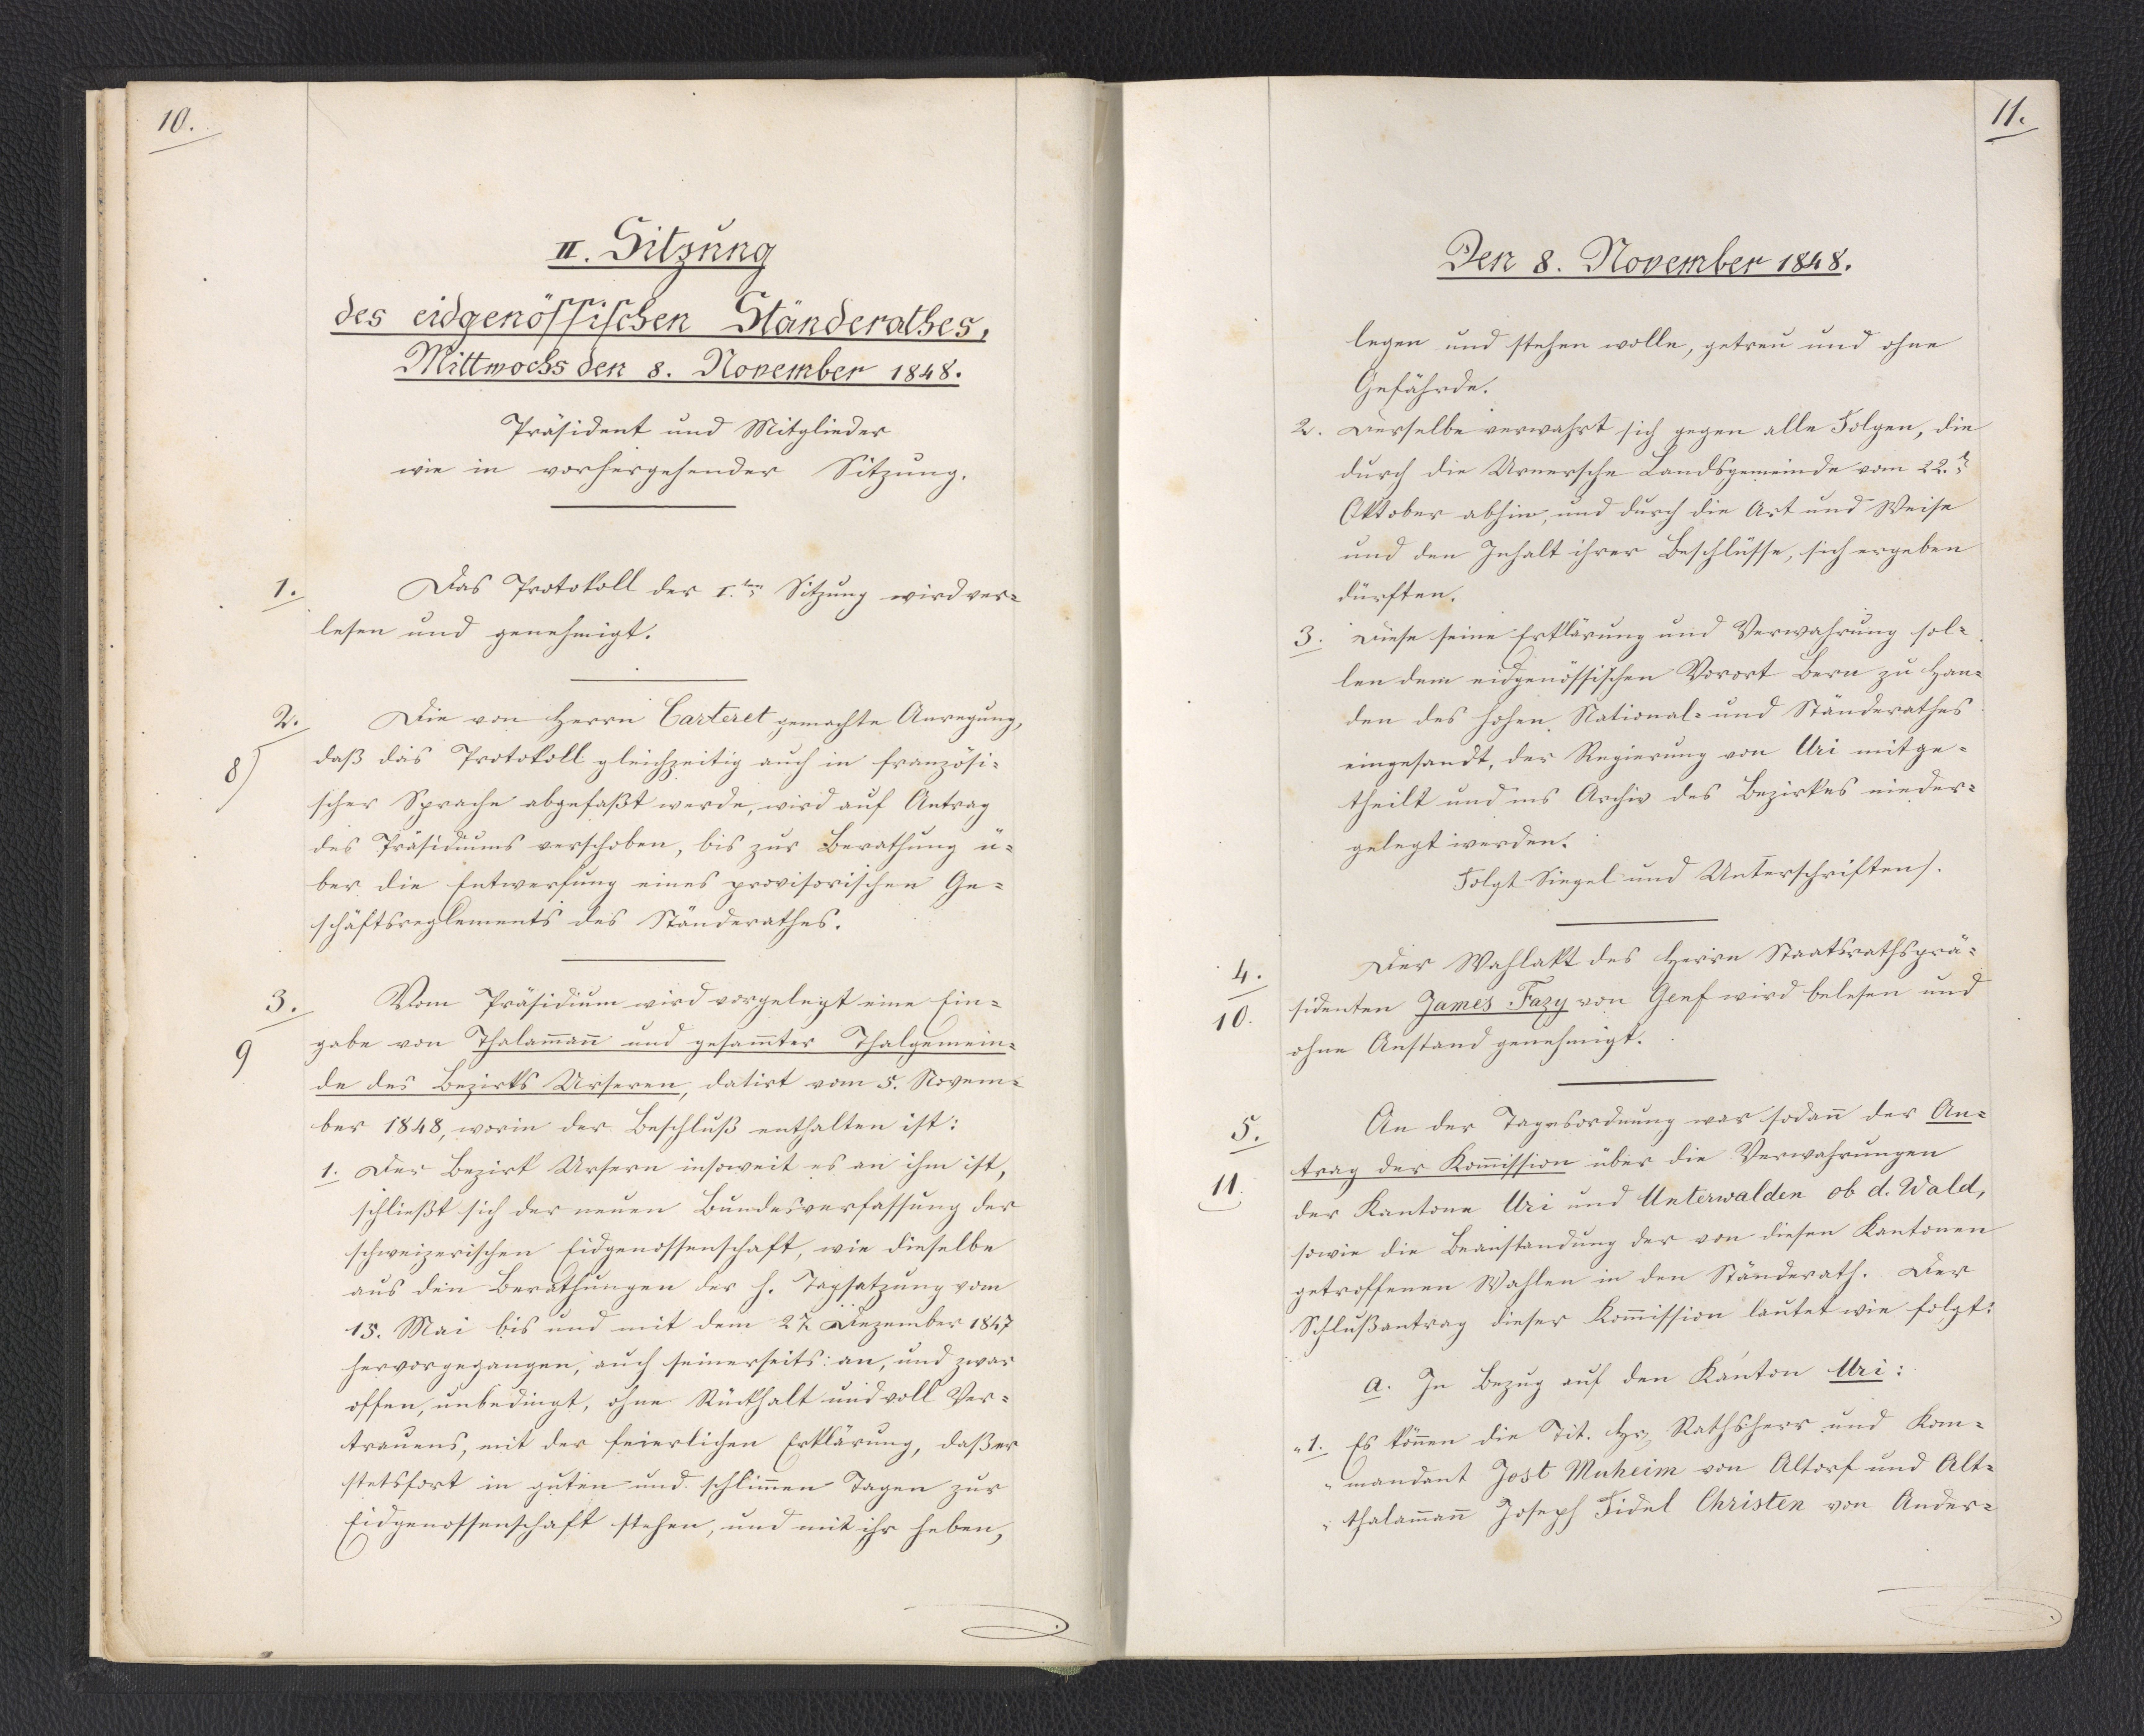
10.

II. Sitzung
des eidgenössischen Ständerathes,
Mittwochs den 8. November 1848.

Präsident und Mitglieder
wie in vorhergehender Sitzung.
Das Protokoll der I.ten Sitzung wird ver¬
lesen und genehmigt.
Die von Herrn Carteret gemachte Anregung,
daß das Protokoll gleichzeitig auch in französi¬
scher Sprache abgefaßt werde, wird auf Antrag
des Präsidiums verschoben, bis zur Berathung ü¬
ber die Entwerfung eines provisorischen Ge¬
schäftsreglements des Ständerathes.
Vom Präsidium wird vorgelegt eine Ein¬
gabe von Thalammann und gesammter Thalgemein¬
de des Bezirks Urseren, datirt vom 5. Novem¬
ber 1848, worin der Beschluß enthalten ist:
1. Der Bezirk Ursern insoweit es an ihm ist,
schließt sich der neuen Bundesverfassung der
schweizerischen Eidgenossenschaft, wie dieselbe
aus den Berathungen der h. Tagsatzung vom
15. Mai bis und mit dem 27. Dezember 1847
hervorgegangen, auch seinerseits an, und zwar
offen, unbedingt, ohne Rückhalt und voll Ver¬
trauens, mit der feierlichen Erklärung, daß er
stetsfort in guten und schlimmen Tagen zur
Eidgenossenschaft stehen, und mit ihr heben,

1.

2.
8

3.
9

11.

Den 8. November 1848.

legen und stehen wolle, getreu und ohne
Gefährde.
2. Derselbe verwahrt sich gegen alle Folgen, die
durch die Urnersche Landsgemeinde vom 22.ten
Oktober abhin, und durch die Art und Weise
und den Inhalt ihrer Beschlüsse, sich ergeben
dürften.
3. Diese seine Erklärung und Verwahrung sol¬
len dem eidgenössischen Vorort Bern zu Han¬
den des hohen National- und Ständerathes
eingesandt, der Regierung von Uri mitge¬
theilt und ins Archiv des Bezirkes nieder¬
gelegt werden.
Folgt Siegel und Unterschriften).
Der Wahlakt des Herrn Staatsrathsprä¬
sidenten James Fazy von Genf wird belesen und
ohne Anstand genehmigt.
An der Tagesordnung war sodann der An¬
trag der Kommission über die Verwahrungen
der Kantone Uri und Unterwalden ob d. Wald,
sowie die Beanstandung der von diesen Kantonen
getroffenen Wahlen in den Ständerath. Der
Schlußantrag dieser Kommission lautet wie folgt:
a. In Bezug auf den Kanton Uri:
"1. Es können die Tit. Herren Rathsherr und Kom¬
mandant Jost Muheim von Altorf und Alt¬
thalamman Joseph Fidel Christen von Ander¬

4.
10.

5.
11.